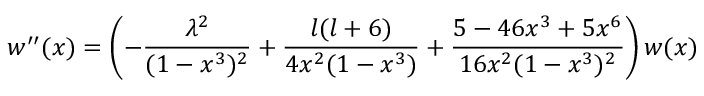
w ^ { \prime \prime } ( x ) = \left( - \frac { \lambda ^ { 2 } } { ( 1 - x ^ { 3 } ) ^ { 2 } } + \frac { l ( l + 6 ) } { 4 x ^ { 2 } ( 1 - x ^ { 3 } ) } + \frac { 5 - 4 6 x ^ { 3 } + 5 x ^ { 6 } } { 1 6 x ^ { 2 } ( 1 - x ^ { 3 } ) ^ { 2 } } \right) w ( x ) \,